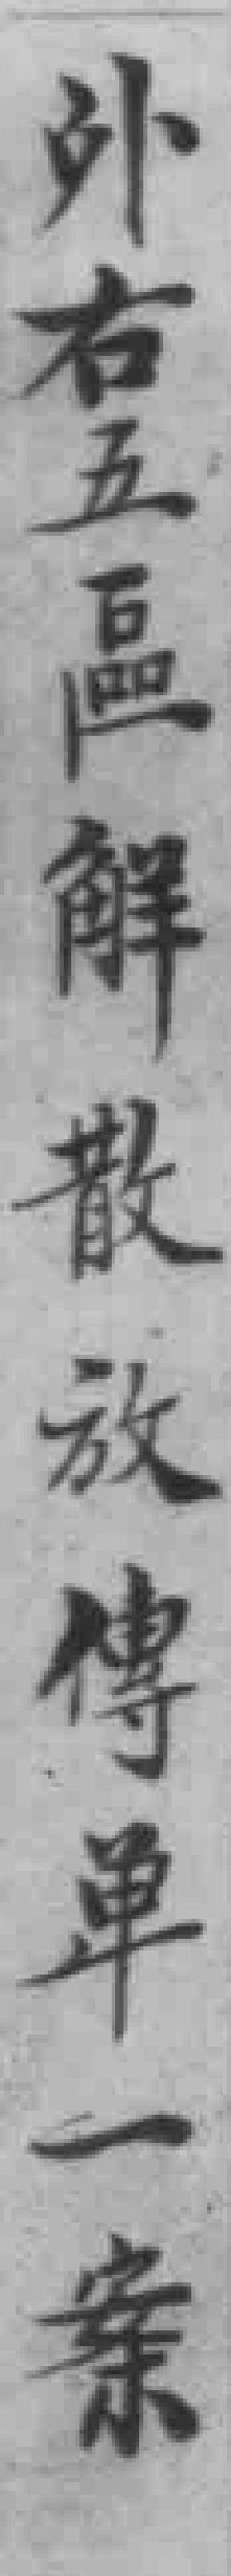
外右五區解散放傳单一案